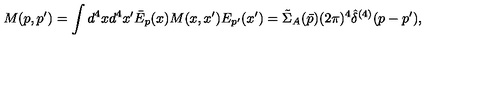
M ( p , p ^ { \prime } ) = \int d ^ { 4 } x d ^ { 4 } x ^ { \prime } \bar { E } _ { p } ( x ) M ( x , x ^ { \prime } ) E _ { p ^ { \prime } } ( x ^ { \prime } ) = \tilde { \Sigma } _ { A } ( \bar { p } ) ( 2 \pi ) ^ { 4 } \hat { \delta } ^ { ( 4 ) } ( p - p ^ { \prime } ) ,